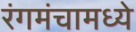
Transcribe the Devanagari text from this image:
रंगमंचामध्ये